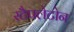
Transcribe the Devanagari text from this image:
स्टैपलेटोन